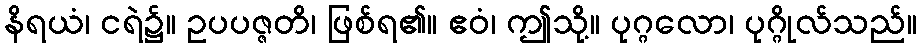
နိရယံ၊ ငရဲ၌။ ဥပပဇ္ဇတိ၊ ဖြစ်ရ၏။ ဧဝံ၊ ဤသို့။ ပုဂ္ဂလော၊ ပုဂ္ဂိုလ်သည်။